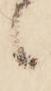
候